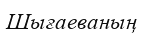
Шығаеваның